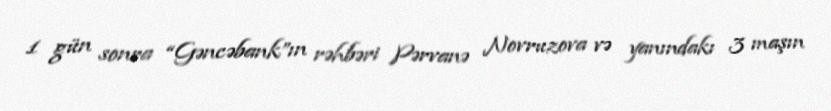
1 gün sonra “Gəncəbank”ın rəhbəri Pərvanə Novruzova və yanındakı 3 maşın